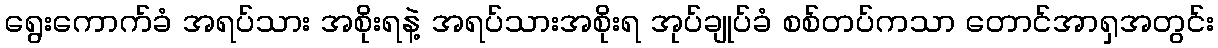
ရွေးကောက်ခံ အရပ်သား အစိုးရနဲ့ အရပ်သားအစိုးရ အုပ်ချုပ်ခံ စစ်တပ်ကသာ တောင်အာရှအတွင်း